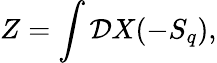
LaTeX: Z=\int{\cal D}X(-S_{q}),